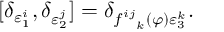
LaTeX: \lbrack \delta _ { \varepsilon _ { 1 } ^ { i } } , \delta _ { \varepsilon _ { 2 } ^ { j } } ] = \delta _ { f _ { \ \ k } ^ { i j } ( \varphi ) \varepsilon _ { 3 } ^ { k } } .